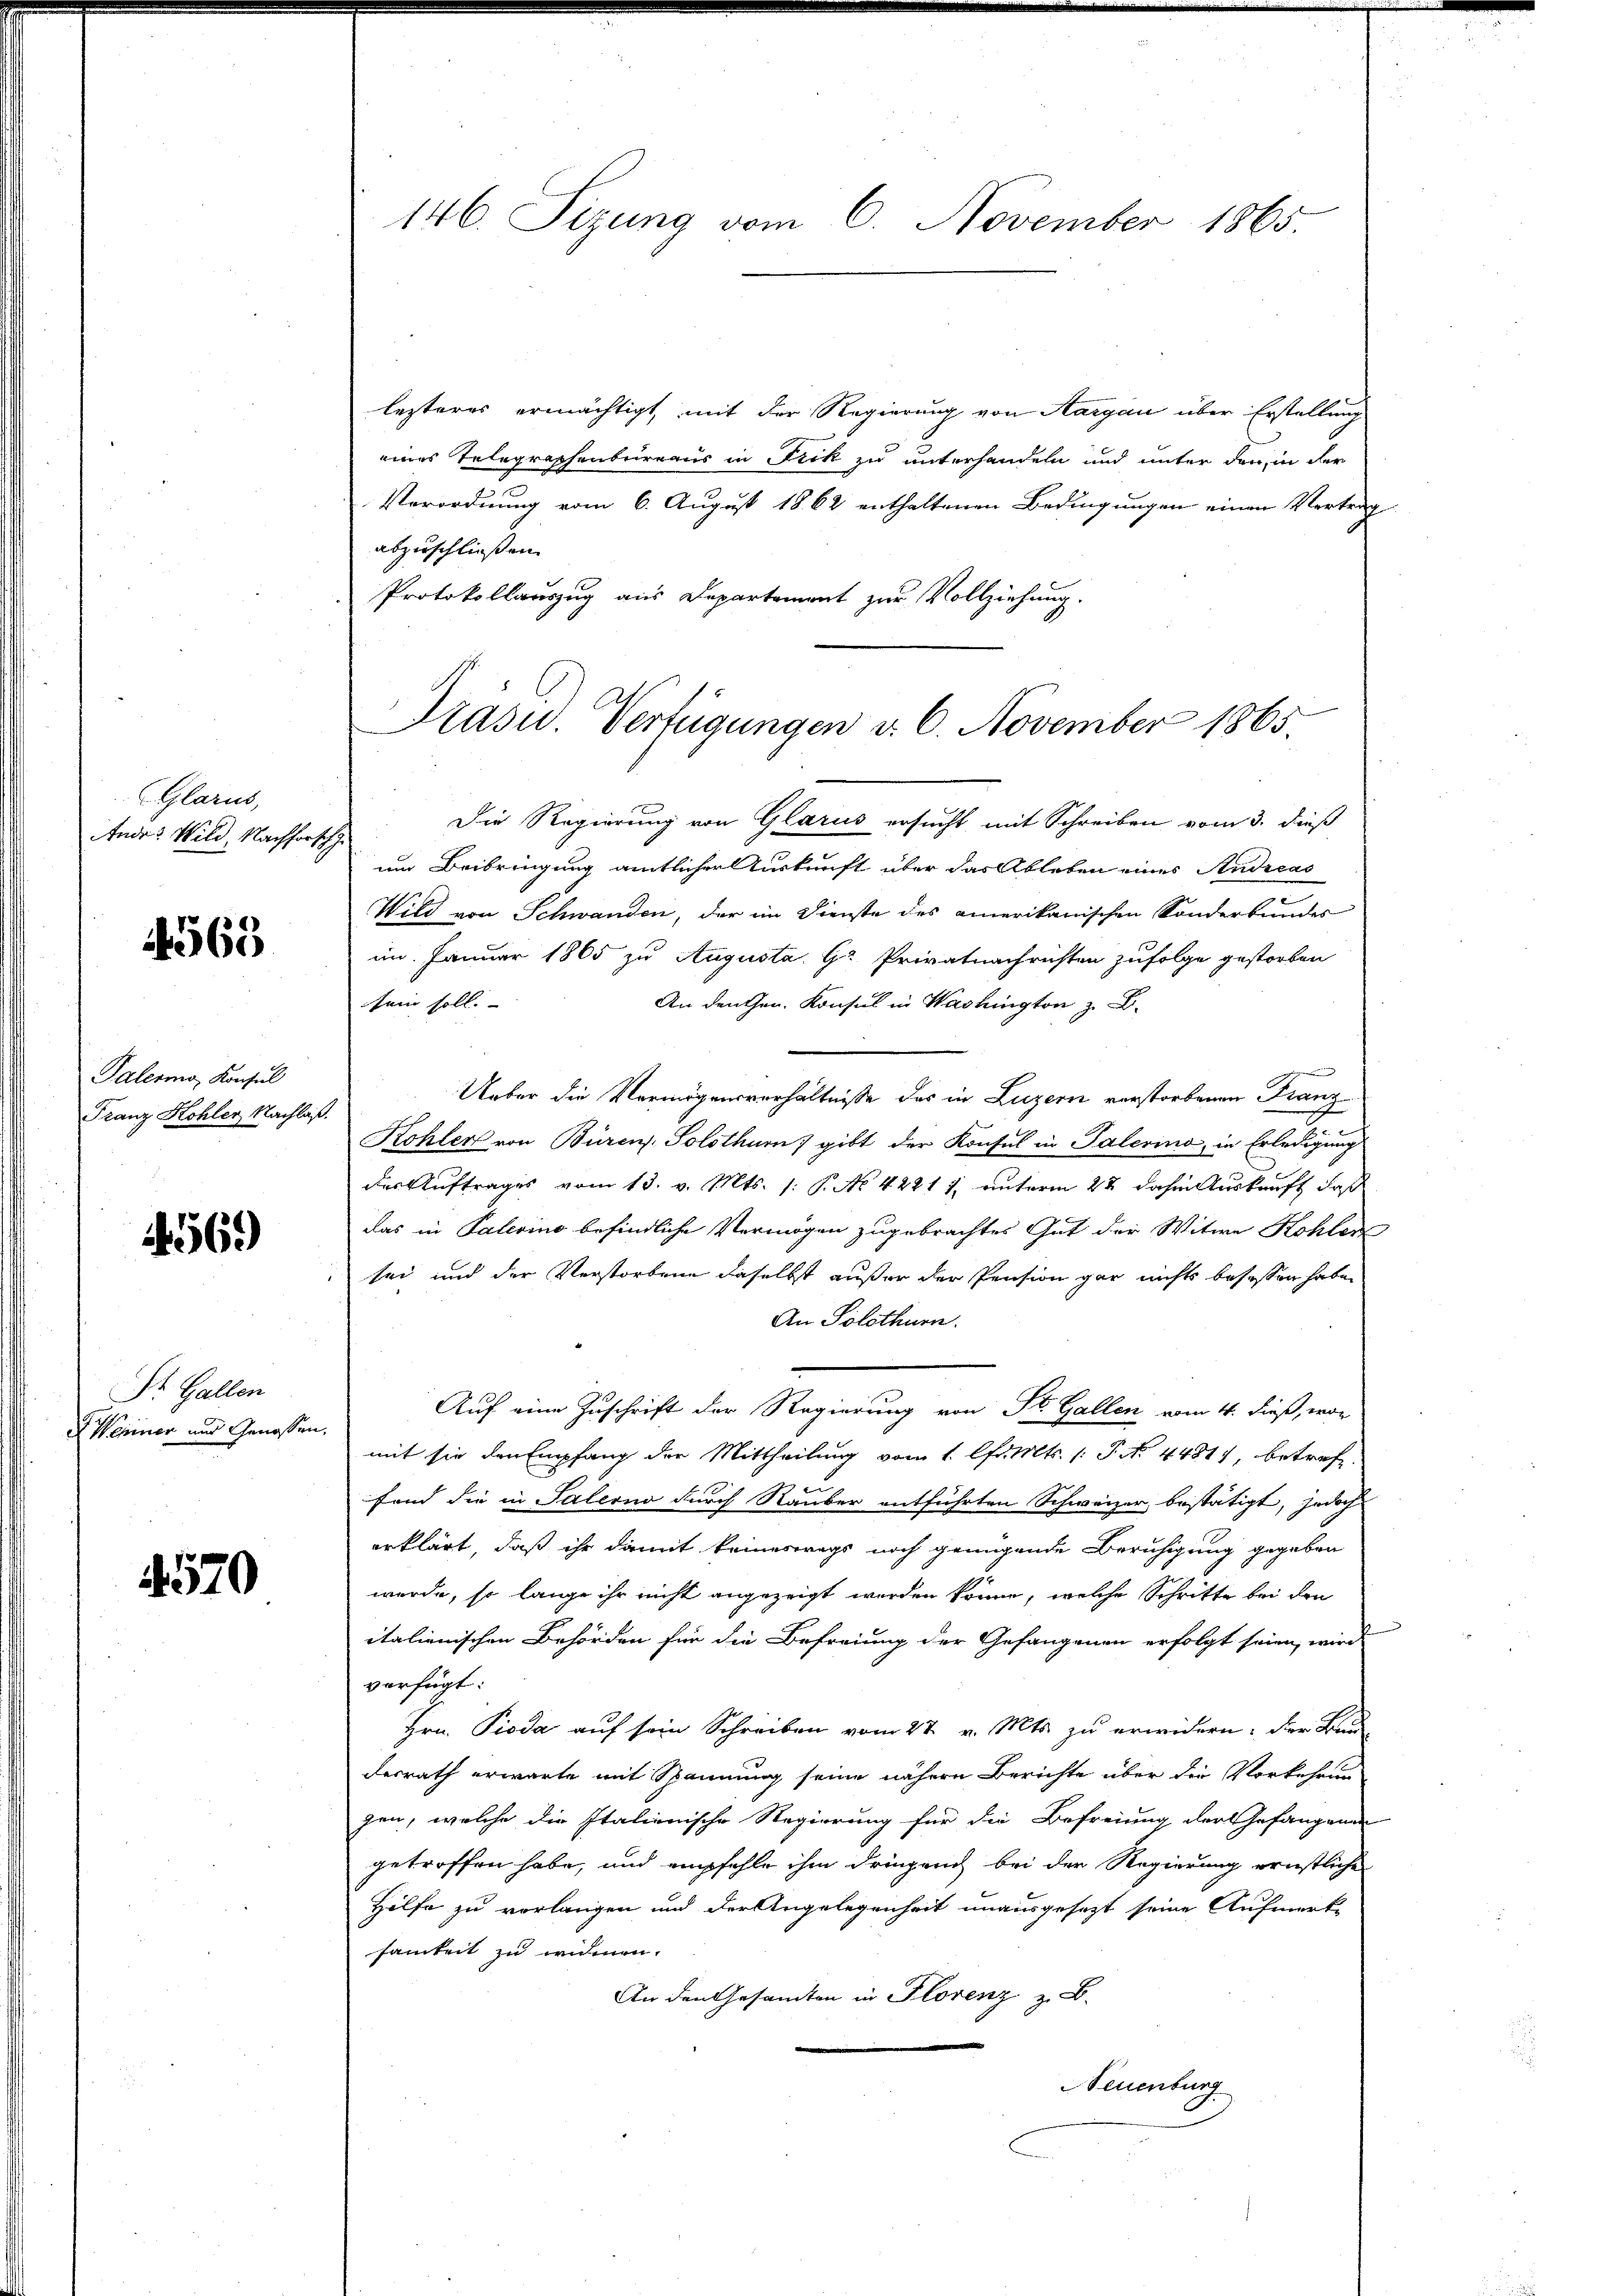
(Glarus,
Andr. Wild, Nachforsch

4563

Palermo, Konsul
Franz Kohler Nachlaß.

4569)

St. Gallen
Wehiner und Genossen

570

146. Sizung vom 6. November 1865.

lezteres ermächtigt, mit der Regierung von Aargau über Erstellung
eines Telegraphenbeirraus in Fick zu unterhandeln und unter den in der
Verordnung vom 6. August 1862 enthaltenen Bedingungen einen Vertrag
abzuschließen.
Protokollauszug aus Departement zur Vollziehung.
Die Regierung von Glarus ersucht mit Schreiben vom 3. dieß
um Beibringung amtlicher Auskunft über das Ableben eines Andreas
Wild von Schwanden, der im Dienste des amerikanischen Sonderbundes
im Januar 1865 zu Augusta Gr Privatnachrichten zufolge gestorben
An den Hrn. Konsul in Washington z. B.
sein soll.

Ueber die Vermögensverhältnisse des in Luzern verstorbenen Franz-
Kohler von Büren. Solothurn gibt der Konsul in Palerino, in Erledigung
des Auftrages vom 13. v. Mts. (: P. No 42411, unterm 22 dahin Auskauft, daß
das in Palerino befindliche Vermögen zugebrachtes Gut der Witwe Kohler
sei und der Verstorbene daselbst außer der Pension gar nichts besassen habe.
An Solothurn.
Auf eine Zuschrift der Regierung von St. Gallen vom 4. dieß, wor
mit sie den Empfang der Mittheilung vom 1. lfd. Mts. (T. No. 4481, betreffand die in Salerno durch Rauber entführten Schweizer bestätigt, jedoch
erklärt, daß ihr damit keineswegs noch genügende Beruhigung gegeben
werde, so lange ihr nicht angezeigt werden könne, welche Schritte bei den
italienischen Behörden für die Befreiung der Gefangenen erfolgt seien, wird
verfügt:
Hrn. Pioda auf sein Schreiben vom 27. v. Mts. zu erwidern, der Bed
desrath erwarte mit Spannung seine nähere Berichte über die Vorkehrun
gen, welche die Italienische Regierung für die Befreiung der Gefangenen
getroffen habe, und empfehle ihm dringen bei der Regierung ernstliche
Hilfe zu vorlangen und der Angelegenheit unausgesetzt seine Aufmerk-
samkeit zu widmen.
An den Gesamten in Florenz z. B.
Neuenburg

Präsid. Verfügungen d. 6. November 1865.